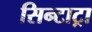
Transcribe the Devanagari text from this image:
सिन्टाट्रा